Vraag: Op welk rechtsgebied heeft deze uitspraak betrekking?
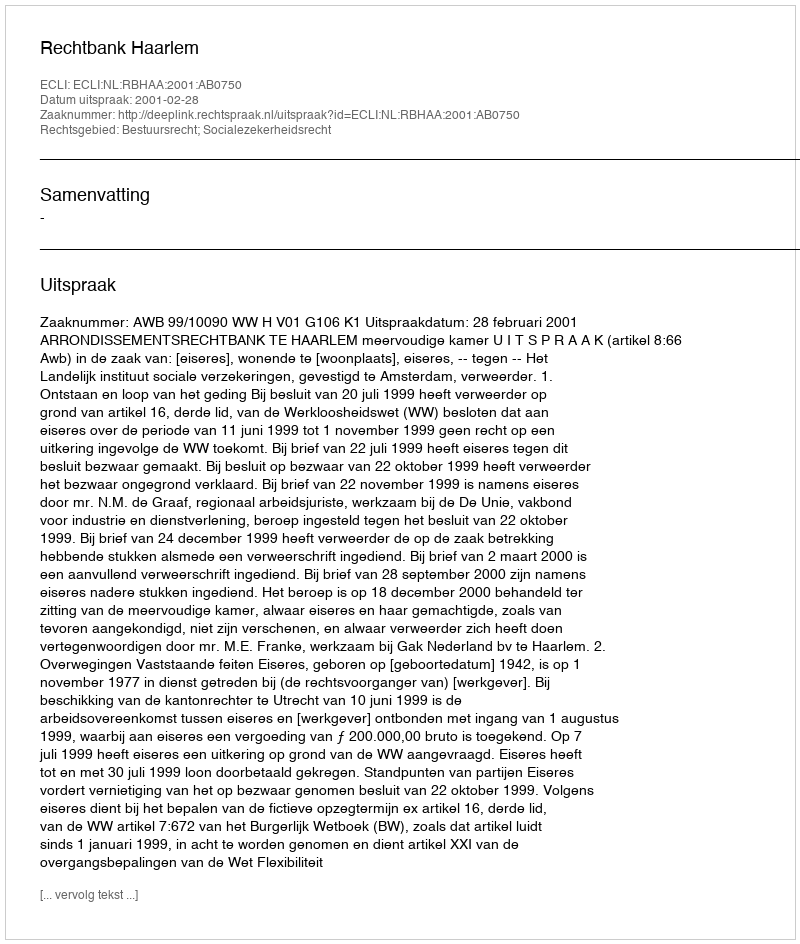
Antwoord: Bestuursrecht; Socialezekerheidsrecht